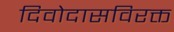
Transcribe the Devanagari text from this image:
दिवोदासविरक्त